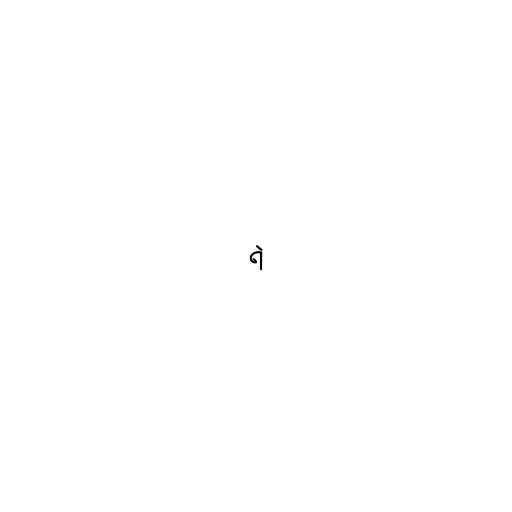
ရဲ